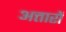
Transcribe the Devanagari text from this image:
अत्तारों